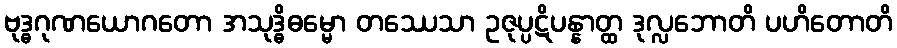
ဗုဒ္ဓဂုဏယောဂတော အသုဒ္ဓိဓမ္မော တဿေသာ ဥဇုပ္ပဋိပန္နာတ္ထ ဒုလ္လဘောတိ ပဟိတောတိ